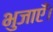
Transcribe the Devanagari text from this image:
भुजाएँ।